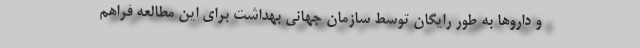
و داروها به طور رایگان توسط سازمان جهانی بهداشت برای این مطالعه فراهم